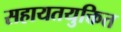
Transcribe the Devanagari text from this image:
सहायतयुक्तित